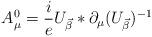
LaTeX: \begin{align*}A_\mu^0 = \frac{i}{e}U_{\vec \beta} * \partial_\mu (U_{\vec\beta})^{-1}\end{align*}